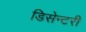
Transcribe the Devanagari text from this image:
डिसेन्टरी